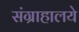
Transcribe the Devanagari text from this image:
संग्राहालये